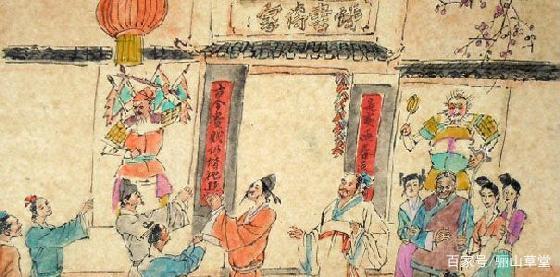
秦中花鸟已应阑，塞外风沙犹自寒。